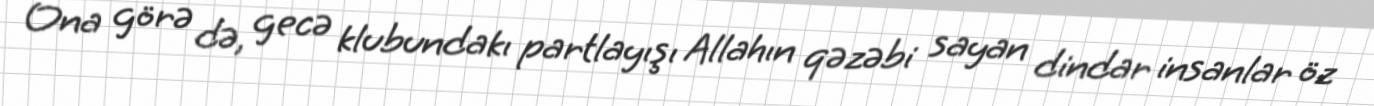
Ona görə də, gecə klubundakı partlayışı Allahın qəzəbi sayan dindar insanlar öz